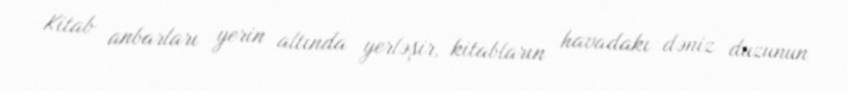
Kitab anbarları yerin altında yerləşir, kitabların havadakı dəniz duzunun